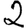
Digit: 2